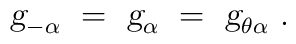
\mbox{\sl g}_{-\alpha}~=~\mbox{\sl g}_\alpha~=~\mbox{\sl g}_{\theta\alpha}~.